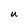
Character: U